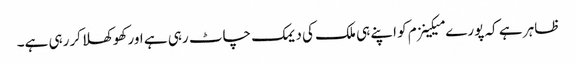
ظاہر ہے کہ پورے میکینزم کو اپنے ہی ملک کی دیمک چاٹ رہی ہے اور کھوکھلا کررہی ہے۔